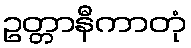
ဥတ္တာနီကာတုံ